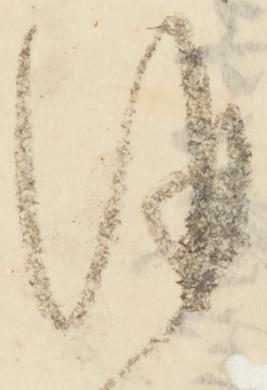
併